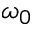
\omega _ { 0 }